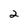
Character: 2